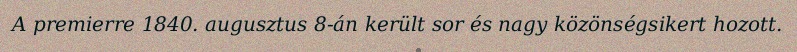
A premierre 1840. augusztus 8-án került sor és nagy közönségsikert hozott.